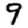
Digit: 9